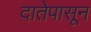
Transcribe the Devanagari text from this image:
दातेपासून